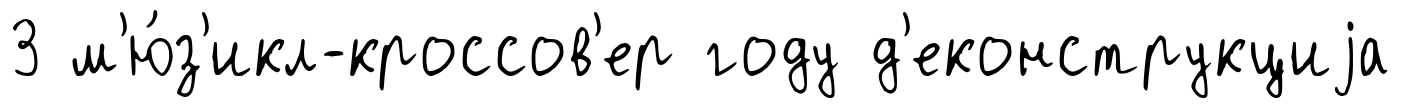
3 м'ю́з'икл-кроссов'ер году д'еконструкциjа